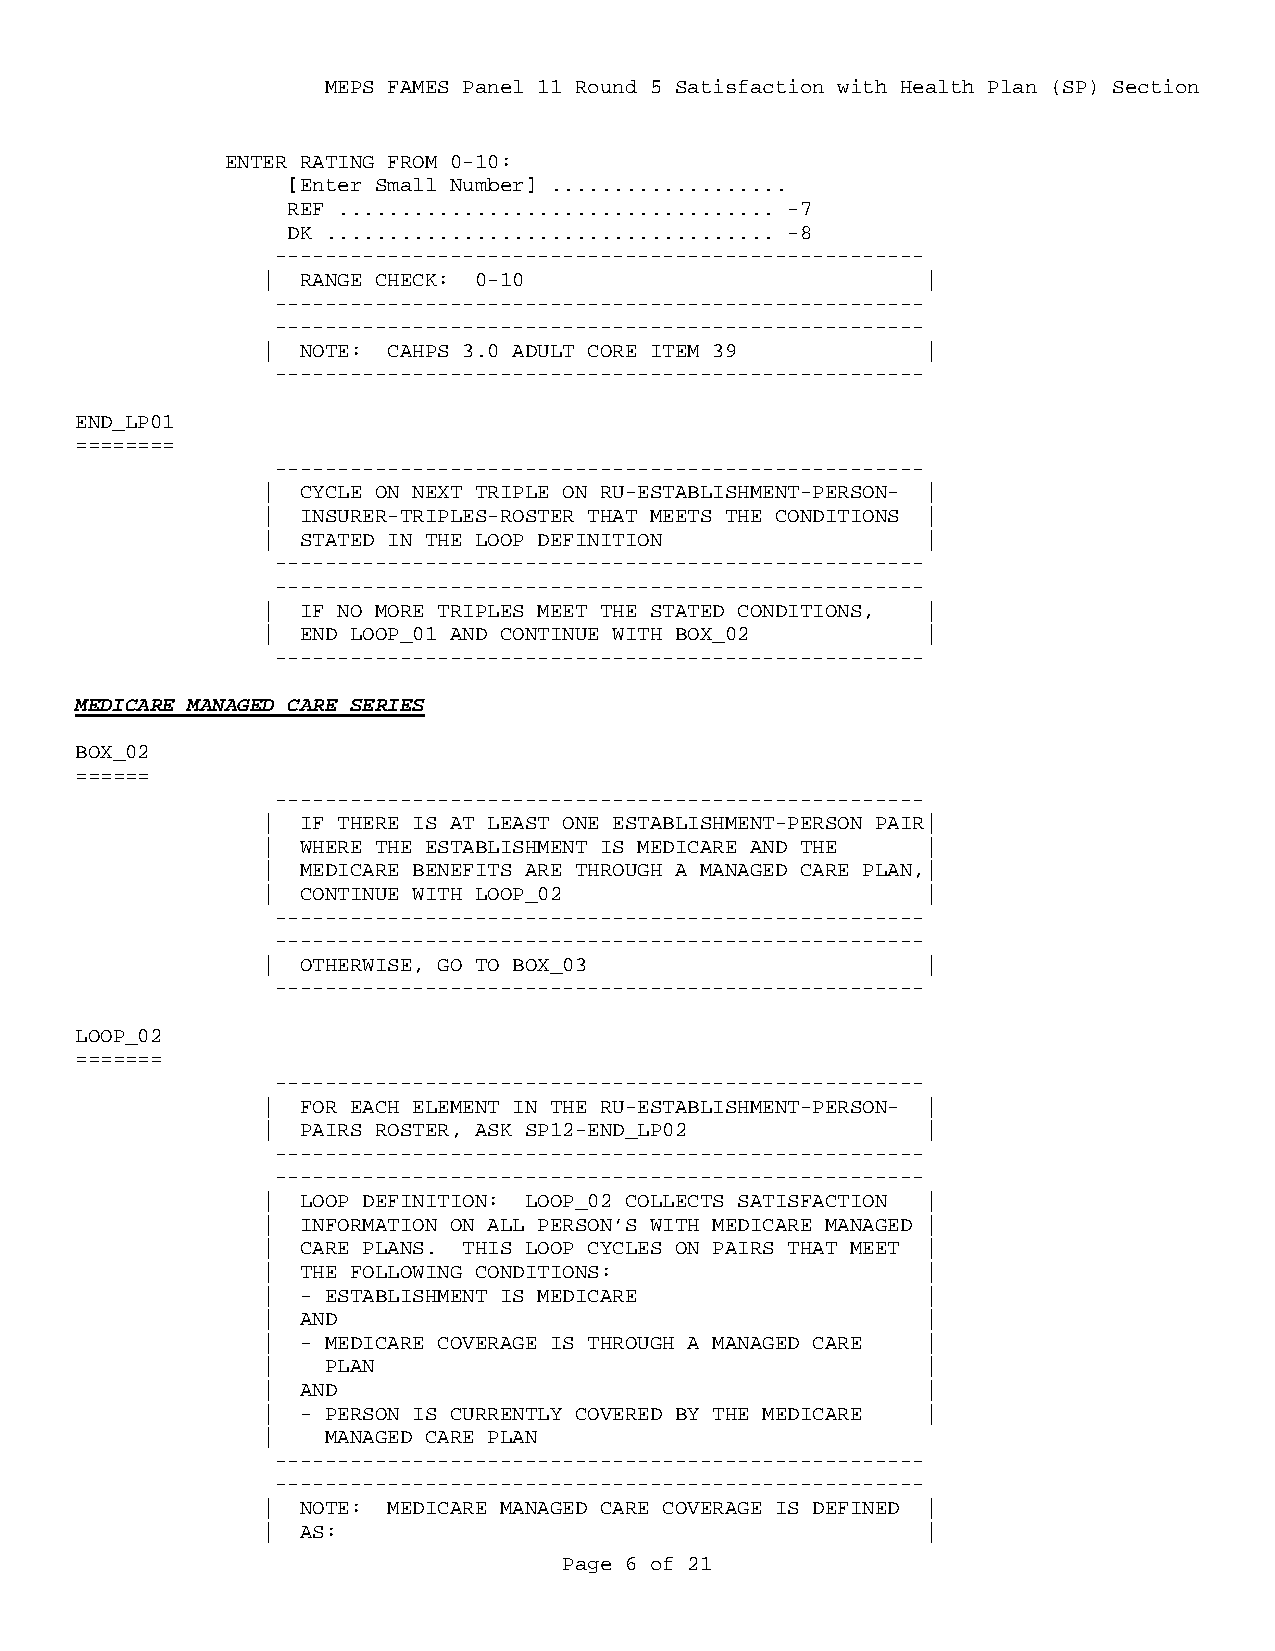
MEPS FAMES Panel 11 Round 5 Satisfaction with Health Plan (SP) Section
 ENTER RATING FROM 0-10:
 [Enter Small Number] ...................
 REF ................................... -7
 DK .................................... -8
 ----------------------------------------------------
 |  RANGE CHECK: 0-10                        |
 ----------------------------------------------------
 ----------------------------------------------------
 |  NOTE: CAHPS 3.0 ADULT CORE ITEM 39       |
 ----------------------------------------------------
 END_LP01
 ========
 ----------------------------------------------------
 |  CYCLE ON NEXT TRIPLE ON RU-ESTABLISHMENT-PERSON- |
 |  INSURER-TRIPLES-ROSTER THAT MEETS THE CONDITIONS |
 |  STATED IN THE LOOP DEFINITION            |
 ----------------------------------------------------
 ----------------------------------------------------
 |  IF NO MORE TRIPLES MEET THE STATED CONDITIONS, |
 |  END LOOP_01 AND CONTINUE WITH BOX_02     |
 ----------------------------------------------------
 MEDICARE MANAGED CARE SERIES
 BOX_02
 ======
 ----------------------------------------------------
 |  IF THERE IS AT LEAST ONE ESTABLISHMENT-PERSON PAIR|
 |  WHERE THE ESTABLISHMENT IS MEDICARE AND THE |
 |  MEDICARE BENEFITS ARE THROUGH A MANAGED CARE PLAN,|
 |  CONTINUE WITH LOOP_02                    |
 ----------------------------------------------------
 ----------------------------------------------------
 |  OTHERWISE, GO TO BOX_03                  |
 ----------------------------------------------------
 LOOP_02
 =======
 ----------------------------------------------------
 |  FOR EACH ELEMENT IN THE RU-ESTABLISHMENT-PERSON- |
 |  PAIRS ROSTER, ASK SP12-END_LP02          |
 ----------------------------------------------------
 ----------------------------------------------------
 |  LOOP DEFINITION: LOOP_02 COLLECTS SATISFACTION |
 |  INFORMATION ON ALL PERSON’S WITH MEDICARE MANAGED |
 |  CARE PLANS. THIS LOOP CYCLES ON PAIRS THAT MEET |
 |  THE FOLLOWING CONDITIONS:                |
 |  - ESTABLISHMENT IS MEDICARE              |
 |  AND                                      |
 |  - MEDICARE COVERAGE IS THROUGH A MANAGED CARE |
 |    PLAN                                   |
 |  AND                                      |
 |  - PERSON IS CURRENTLY COVERED BY THE MEDICARE |
 |    MANAGED CARE PLAN
 ----------------------------------------------------
 ----------------------------------------------------
 |  NOTE: MEDICARE MANAGED CARE COVERAGE IS DEFINED |
 |  AS:                                      |
 Page 6 of 21